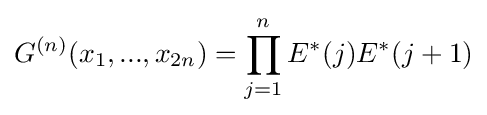
G^{(n)}(x_{1},...,x_{2n})=\prod \limits _{j=1}^{n}E^{*}(j)E^{*}(j+1)